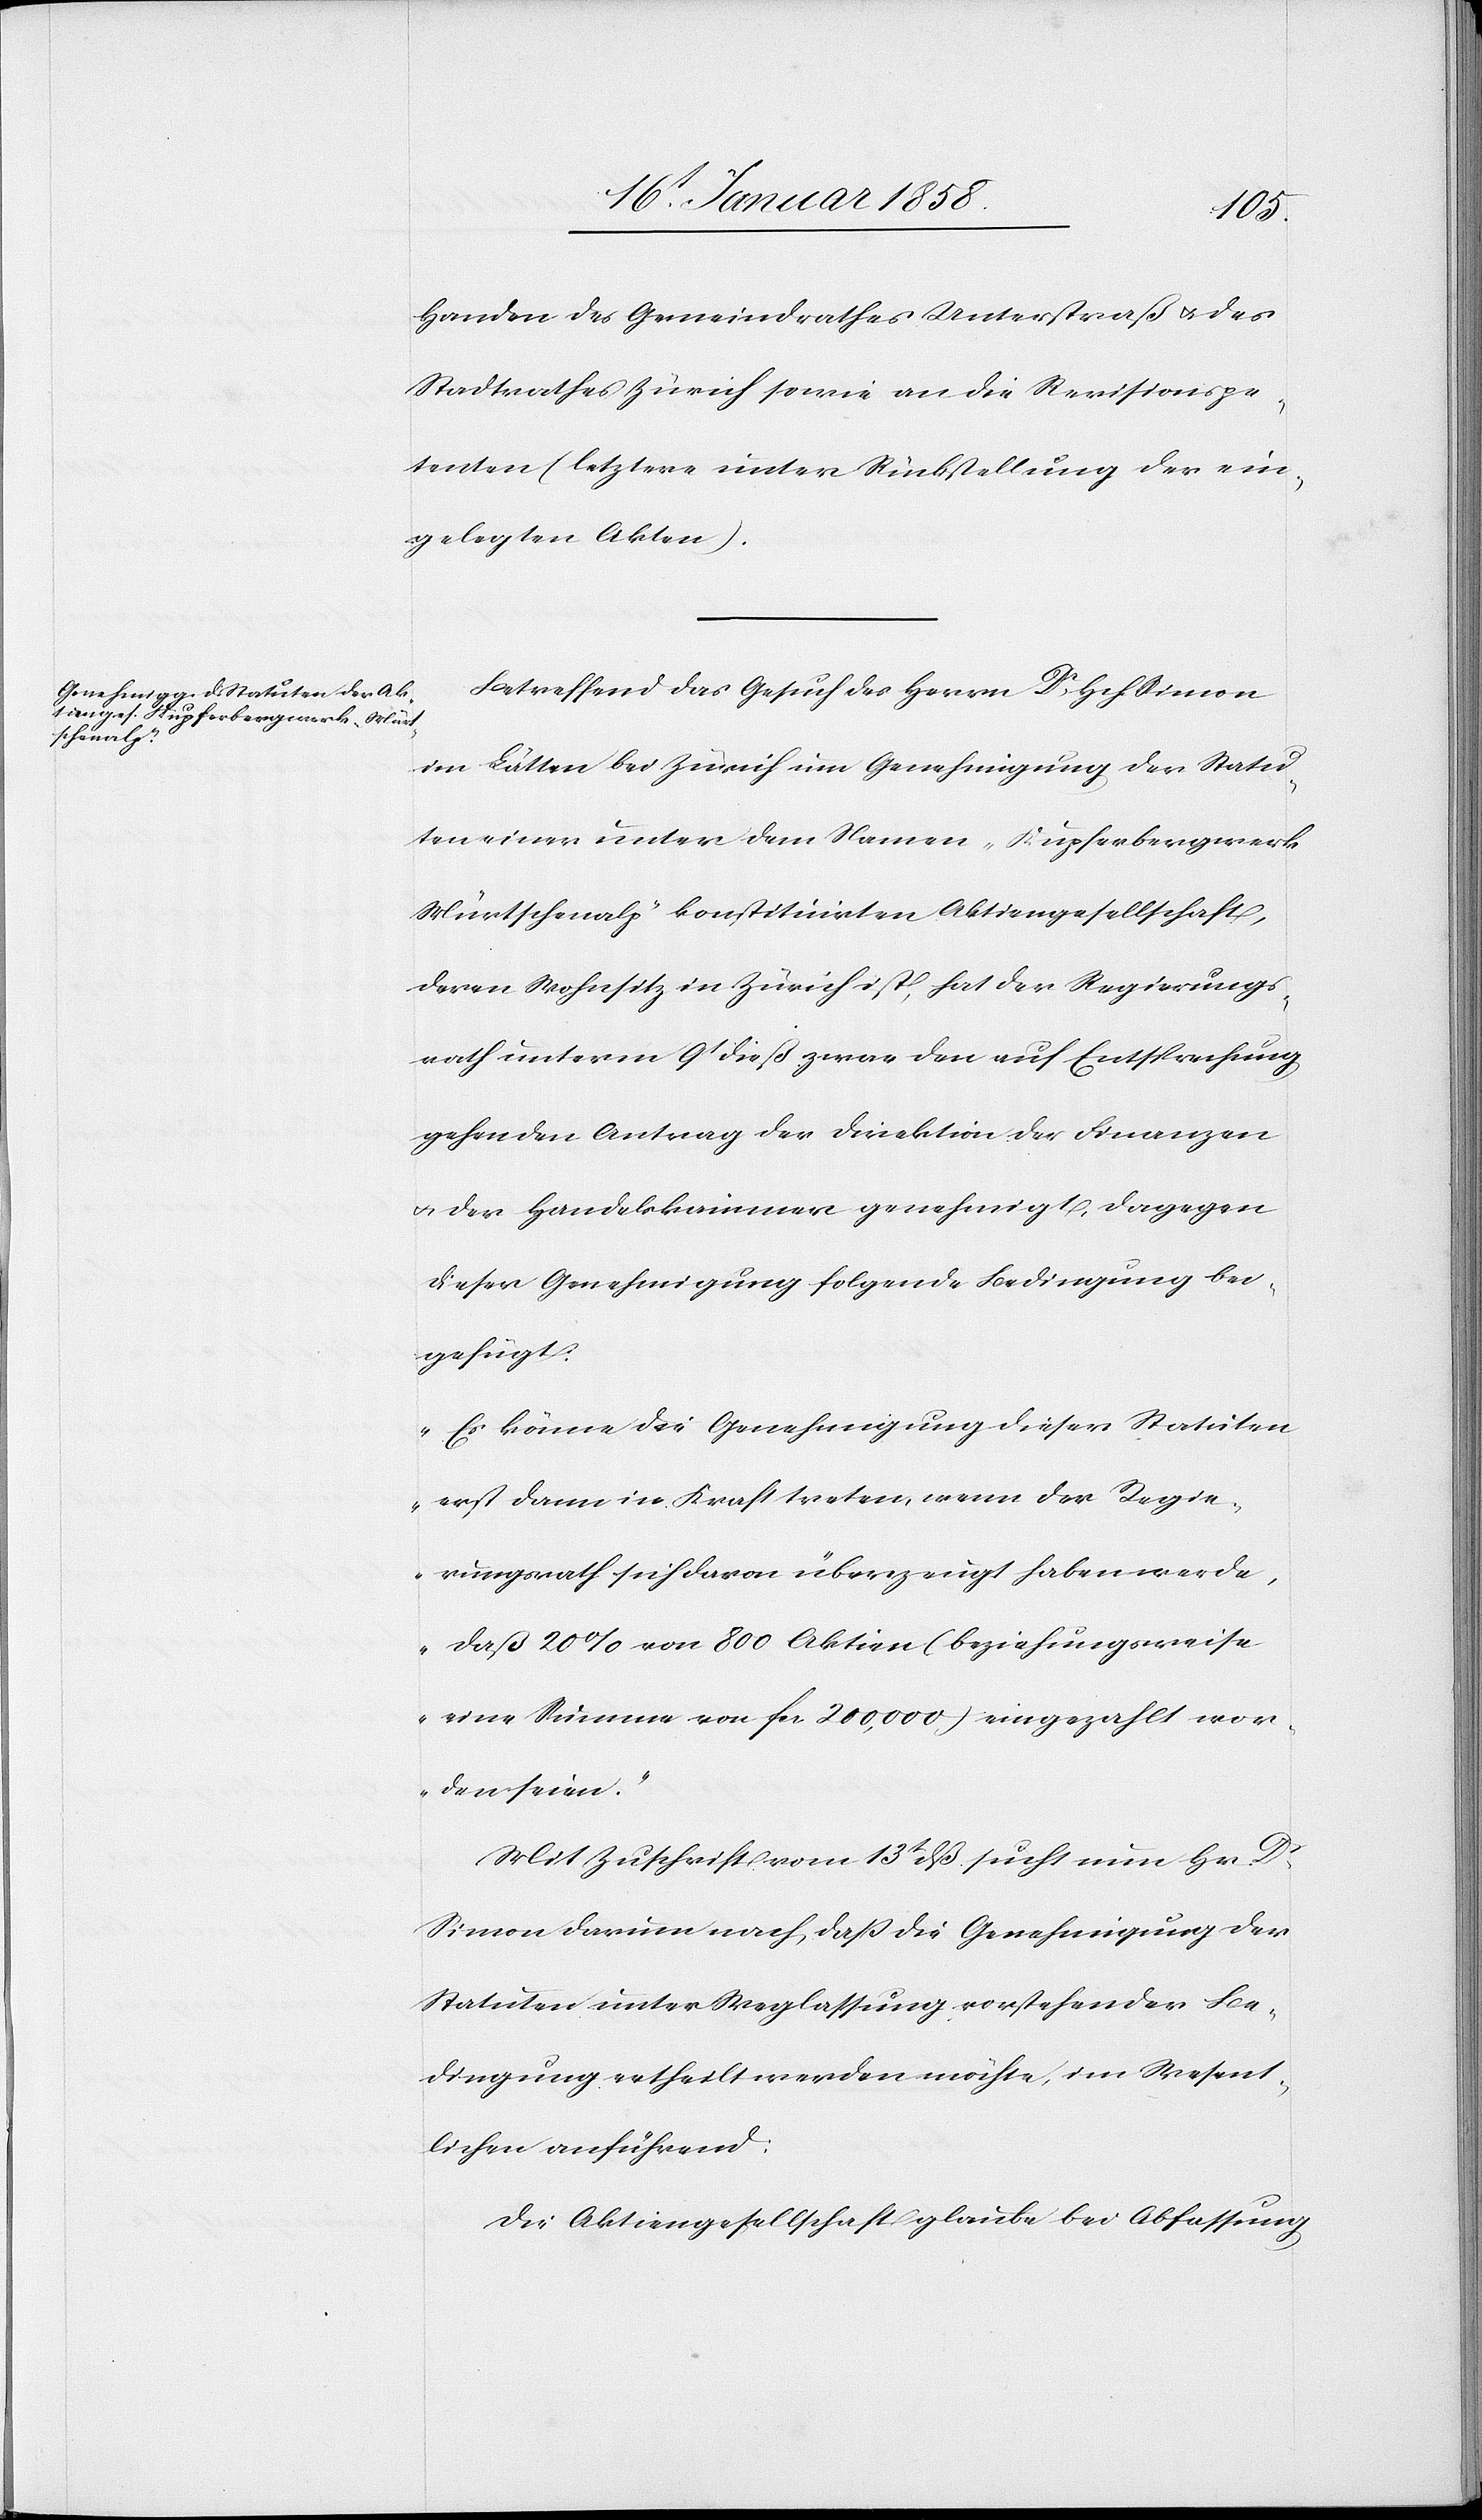
Handen des Gemeindrathes Unterstraß u. des
Stadtrathes Zürich sowie an die Revisionspe¬
tenten (letztere unter Rückstellung der ein¬
gelegten Akten).
Betreffend das Gesuch des Herrn Dr Hch Simon
im Lätten bei Zürich um Genehmigung der Statu¬
ten einer unter dem Namen „Kupferbergwerk
Mürtschenalp“ konstituirten Aktiengesellschaft,
deren Wohnsitz in Zürich ist, hat der Regierungs¬
rath unterm 9t dieß zwar den auf Entsprechung
gehenden Antrag der Direktion der Finanzen
u. der Handelskammer genehmigt, dagegen
dieser Genehmigung folgende Bedingung bei¬
gefügt:
„Es könne die Genehmigung dieser Statuten
erst dann in Kraft treten, wenn der Regie¬
rungsrath sich davon überzeugt haben werde,
daß 20% von 800 Aktiven (beziehungsweise
eine Summe von fr. 200,000) eingezahlt wor¬
den seien.“
Mit Zuschrift vom 13t dß sucht nun Hr. Dr
Simon darum nach, daß die Genehmigung der
Statuten unter Weglassung vorstehender Be¬
dingung ertheilt werden möchte, im Wesent¬
lichen anführend:
Die Aktiengesellschaft glaube bei Abfassung